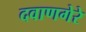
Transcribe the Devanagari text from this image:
दवाणगेरे